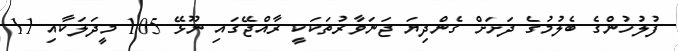
ފުލުހުންގެ ބެލުމުގެ ދަށަށް ގެންދިޔަ ޖަނަވާރުތަކަކީ ރާއްޖޭގައި ނޫޅޭ 105 މީދަލަކާއި 11